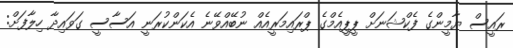
ރައީސް ޔާމީންގެ ފެކްޝަނަށް ޕީޕީއެމްގެ ޕްރައިމަރީއެއް ނުބޭއްވޭނެ އެކަންކުރަނީ އަސާސީ ގަވައިދާ ހިލާފަށް: